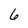
Character: 6